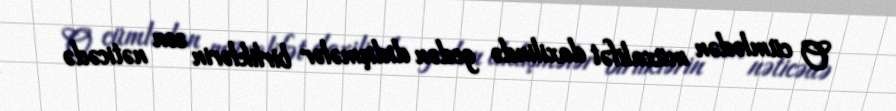
O cümlədən müxalifət daxilində gedən didişmələr birliklərin son nəticədə